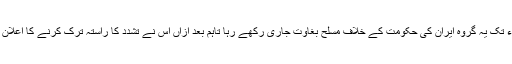
سن2001ء تک یہ گروہ ایران کی حکومت کے خلاف مسلح بغاوت جاری رکھے رہا تاہم بعد ازاں اس نے تشدد کا راستہ ترک کرنے کا اعلان کر دیا تھا۔